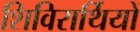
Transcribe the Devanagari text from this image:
शिविरार्थियों